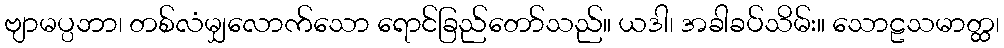
ဗျာမပ္ပဘာ၊ တစ်လံမျှလောက်သော ရောင်ခြည်တော်သည်။ ယဒါ၊ အခါခပ်သိမ်း။ သောဠသမာတ္ထ၊